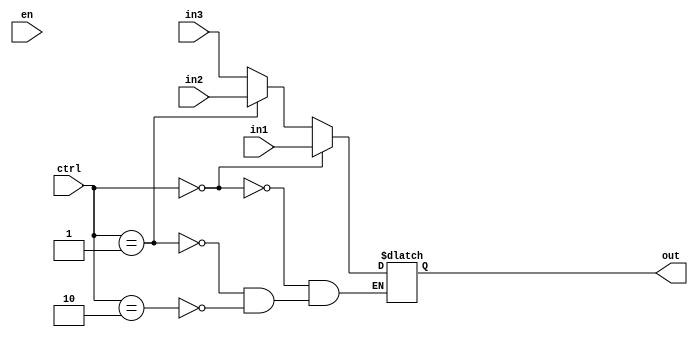
module Mux3to1(out, in1, in2, in3, ctrl, en);
    output reg [63:0] out;
    input [63:0] in1, in2, in3;
    input [1:0] ctrl;
    input en;

    always @(*) begin
    if (ctrl == 2'b00)
        out <= in1;
    else if (ctrl  == 2'b01)
        out <= in2;
    else if (ctrl  == 2'b10)
        out <= in3;
    end

endmodule